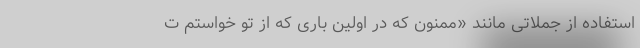
استفاده از جملاتی مانند «ممنون که در اولین باری که از تو خواستم ت